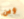
وين